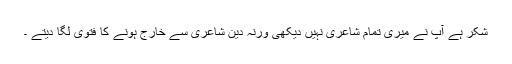
شکر ہے آپ نے میری تمام شاعری نہیں دیکھی ورنہ دین شاعری سے خارج ہونے کا فتوی لگا دیتے ۔